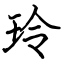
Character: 玲